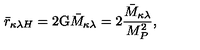
\bar { r } _ { \kappa \lambda H } = 2 \mathrm { G } \bar { M } _ { \kappa \lambda } = 2 \frac { \bar { M } _ { \kappa \lambda } } { M _ { P } ^ { 2 } } ,